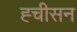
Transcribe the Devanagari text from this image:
ह्चीसन